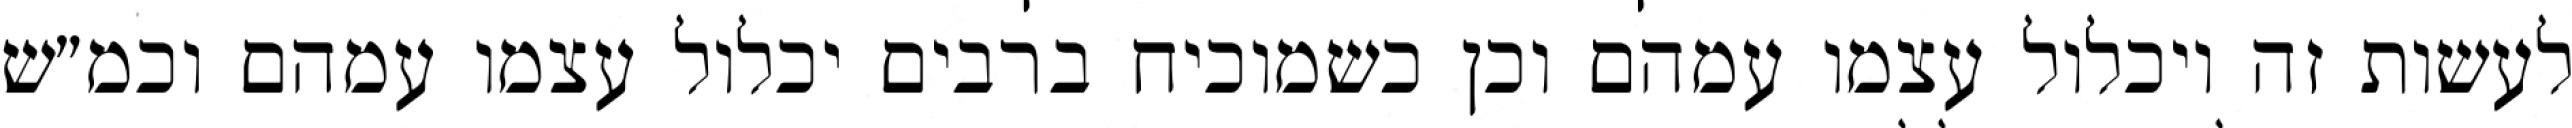
לעשות זה ויכלול עצמו עמהם וכן כשמוכיח ברבים יכלול עצמו עמהם וכמ״ש